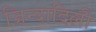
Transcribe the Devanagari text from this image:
जिन्दादिली